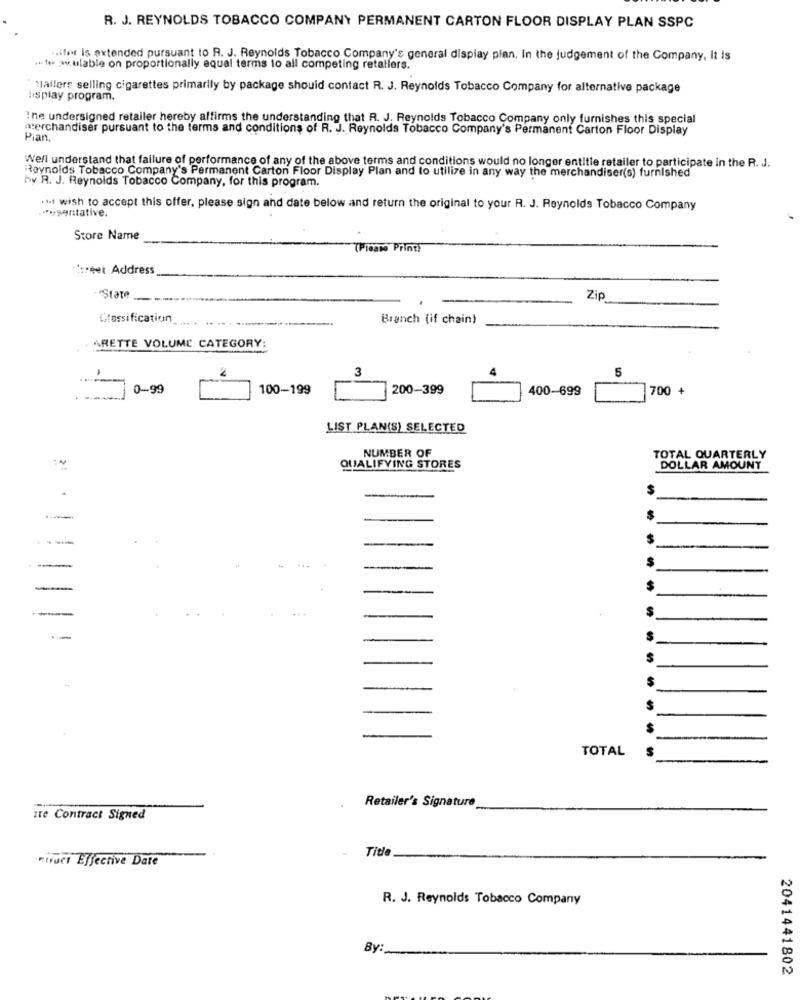
R. J. REYNOLDS TOBACCO COMPANY PERMANENT CARTON FLOOR DISPLAY PLAN SSPC
ifer is extended pursuant to R. J. Reynolds Tobacco Company's general display plan, In the judgement of the Company, it Is
.te ww.ulable on proportionally equal terms to all competing retailers.
"lallers selling cigarettes primarily by package should contact R. J. Reynolds Tobacco Company for alternative package
lısplay program.
:ne undersigned retailer hereby affirms the understanding that R. J. Reynolds Tobacco Company only furnishes this special
merchandiser pursuant to the terms and conditions of R. J. Reynolds Tobacco Company's Permanent Carton Floor Display
Pian.
Well understand that failure of performance of any of the above terms and conditions would no longer entitle retailer to participate in the R. J.
Reynolds Tobacco Company's Permanent Carton Floor Display Plan and to utilize in any way the merchandiser(s) furnished
by R. J. Reynolds Tobacco Company, for this program.
.*** santative.
.it wish to accept this offer, please sign and date below and return the original to your R. J. Reynolds Tobacco Company
Store Name
(Please Print)
**: eet Address
State
Zip
Classification
Branch (if chain)
ARETTE VOLUME CATEGORY:
2
3
5
0-99
100-199
200-399
400-699
700 +
LIST PLAN(S) SELECTED
NUMBER OF
TOTAL QUARTERLY
QUALIFYING STORES
DOLLAR AMOUNT
S
---
--
-
-
TOTAL
Retailer's Signature
Ite Contract Signed
Title
struct Effective Date
R. J. Reynolds Tobacco Company
By:
2041441802